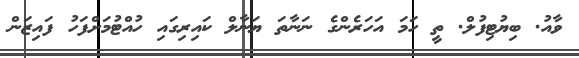
ވާއު. ބިޔުޓިފުލް. ތީ ހަމަ އަހަރެންގެ ނަނާތަ ޔަނާލް ކައިރިގައި ހުއްޓުމަށްފަހު ފައިޒަން